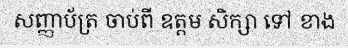
សញ្ញាប័ត្រ ចាប់ពី ឧត្តម សិក្សា ទៅ ខាង